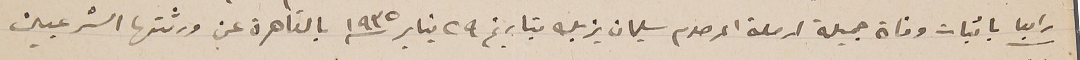
رابعا باثبات وفاة جميلة ارملة المرحوم سليمان يزبك بتاريخ ٢٩ يناير ١٩٣٥ بالقاهرة عن ورثتها الشرعيين